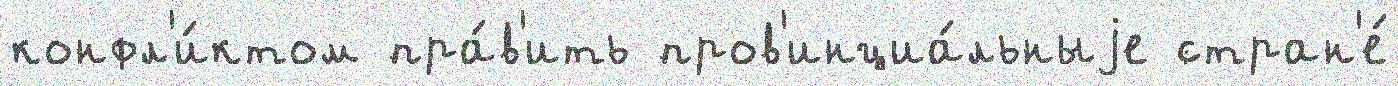
конфл'и́ктом пра́в'ить пров'инциа́льныjе стран'е́